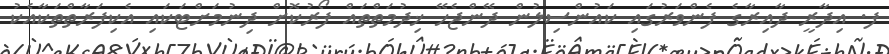
ފ. އިދާރީ ދާއިރާގެ ފެންވަރުގައި ކައުންސިލުން ދޭންޖެހޭ ޚިދުމަތްތައް ފޯރުކޮށް ދިނުމަށްޓަކައި އެކިފަރާތްތަކާއެކު